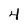
Character: 4